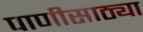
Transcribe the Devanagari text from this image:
पाणीसाठ्या